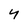
Character: 4